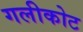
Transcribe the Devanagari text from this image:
गलीकोट